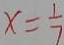
x = \frac { 1 } { 7 }